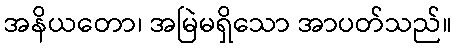
အနိယတော၊ အမြဲမရှိသော အာပတ်သည်။